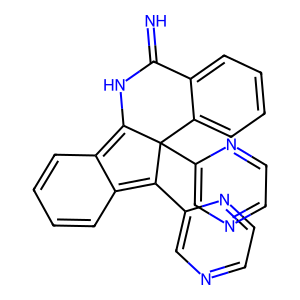
SMILES: N=C1NC2=c3ccccc3=C(c3cnccn3)C2(c2cnccn2)c2ccccc21
Inhibits HIV replication: No